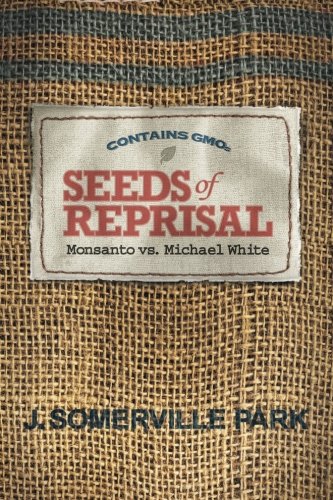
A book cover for Seeds of Reprisal: Monsanto vs. Michael White; J. Somerville Park; Science & Math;